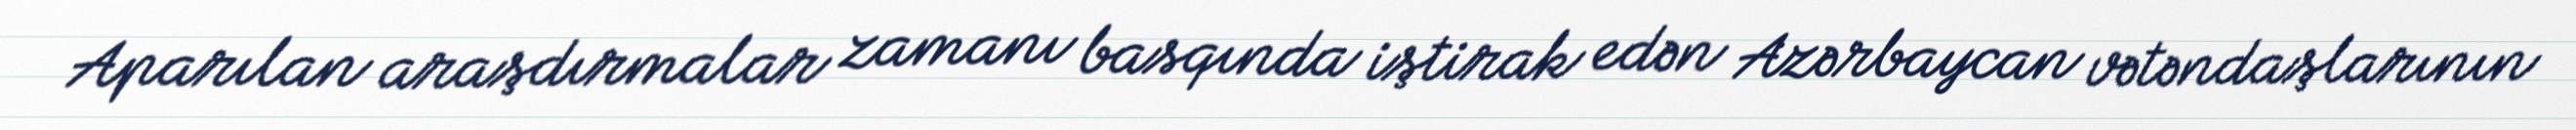
Aparılan araşdırmalar zamanı basqında iştirak edən Azərbaycan vətəndaşlarının